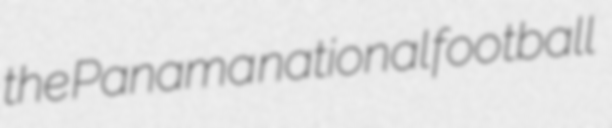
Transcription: the Panama national football